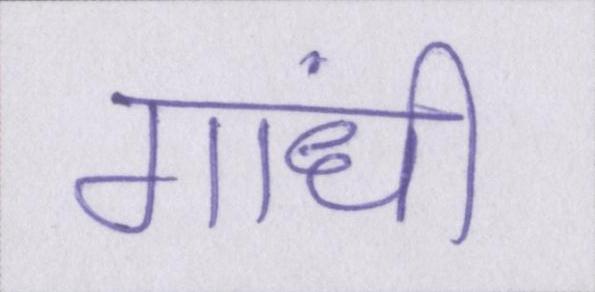
गांधी